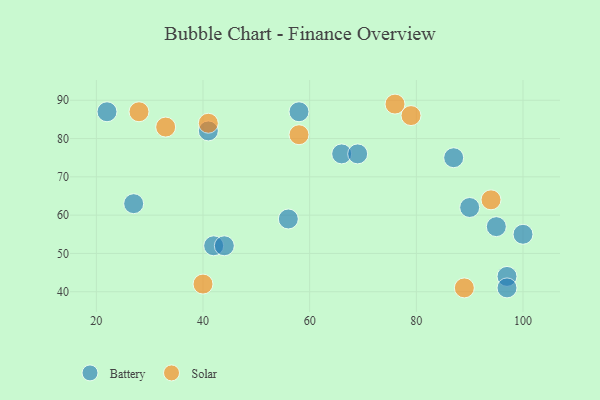
{"axis": {"x": "GDP", "y": "Life Expectancy"}, "legend": ["Battery", "Solar"], "data": [{"x": "97", "y": 44, "type": "Battery"}, {"x": "97", "y": 41, "type": "Battery"}, {"x": "56", "y": 59, "type": "Battery"}, {"x": "100", "y": 55, "type": "Battery"}, {"x": "42", "y": 52, "type": "Battery"}, {"x": "66", "y": 76, "type": "Battery"}, {"x": "27", "y": 63, "type": "Battery"}, {"x": "87", "y": 75, "type": "Battery"}, {"x": "22", "y": 87, "type": "Battery"}, {"x": "44", "y": 52, "type": "Battery"}, {"x": "41", "y": 82, "type": "Battery"}, {"x": "95", "y": 57, "type": "Battery"}, {"x": "90", "y": 62, "type": "Battery"}, {"x": "58", "y": 87, "type": "Battery"}, {"x": "69", "y": 76, "type": "Battery"}, {"x": "79", "y": 86, "type": "Solar"}, {"x": "28", "y": 87, "type": "Solar"}, {"x": "33", "y": 83, "type": "Solar"}, {"x": "41", "y": 84, "type": "Solar"}, {"x": "58", "y": 81, "type": "Solar"}, {"x": "89", "y": 41, "type": "Solar"}, {"x": "94", "y": 64, "type": "Solar"}, {"x": "40", "y": 42, "type": "Solar"}, {"x": "76", "y": 89, "type": "Solar"}]}